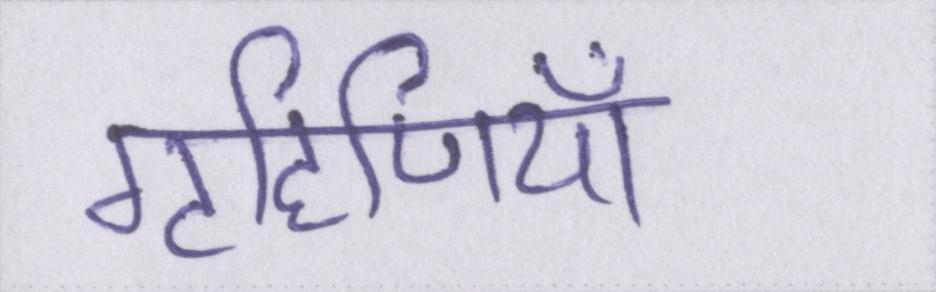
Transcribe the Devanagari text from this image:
गृहिणियाँ